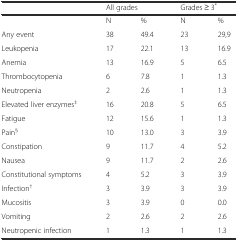
<table><thead><tr><td></td><td colspan="2"><b>All grades</b></td><td colspan="2"><b>Grades ≥ 3<sup>*</sup></b></td></tr></thead><tbody><tr><td></td><td>N</td><td>%</td><td>N</td><td>%</td></tr><tr><td>Any event</td><td>38</td><td>49.4</td><td>23</td><td>29,9</td></tr><tr><td>Leukopenia</td><td>17</td><td>22.1</td><td>13</td><td>16.9</td></tr><tr><td>Anemia</td><td>13</td><td>16.9</td><td>5</td><td>6.5</td></tr><tr><td>Thrombocytopenia</td><td>6</td><td>7.8</td><td>1</td><td>1.3</td></tr><tr><td>Neutropenia</td><td>2</td><td>2.6</td><td>1</td><td>1.3</td></tr><tr><td>Elevated liver enzymes<sup>‡</sup></td><td>16</td><td>20.8</td><td>5</td><td>6.5</td></tr><tr><td>Fatigue</td><td>12</td><td>15.6</td><td>1</td><td>1.3</td></tr><tr><td>Pain<sup>§</sup></td><td>10</td><td>13.0</td><td>3</td><td>3.9</td></tr><tr><td>Constipation</td><td>9</td><td>11.7</td><td>4</td><td>5.2</td></tr><tr><td>Nausea</td><td>9</td><td>11.7</td><td>2</td><td>2.6</td></tr><tr><td>Constitutional symptoms</td><td>4</td><td>5.2</td><td>3</td><td>3.9</td></tr><tr><td>Infection<sup>†</sup></td><td>3</td><td>3.9</td><td>3</td><td>3.9</td></tr><tr><td>Mucositis</td><td>3</td><td>3.9</td><td>0</td><td>0.0</td></tr><tr><td>Vomiting</td><td>2</td><td>2.6</td><td>2</td><td>2.6</td></tr><tr><td>Neutropenic infection</td><td>1</td><td>1.3</td><td>1</td><td>1.3</td></tr></tbody></table>